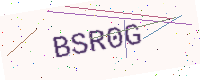
Text: BSR0G